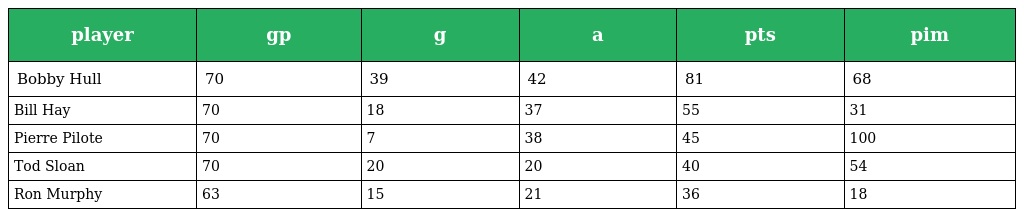
| player | gp | g | a | pts | pim |
 | --- | --- | --- | --- | --- | --- |
 | Bobby Hull | 70 | 39 | 42 | 81 | 68 |
 | Bill Hay | 70 | 18 | 37 | 55 | 31 |
 | Pierre Pilote | 70 | 7 | 38 | 45 | 100 |
 | Tod Sloan | 70 | 20 | 20 | 40 | 54 |
 | Ron Murphy | 63 | 15 | 21 | 36 | 18 |